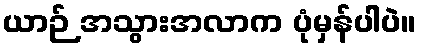
ယာဉ် အသွားအလာက ပုံမှန်ပါပဲ။